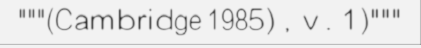
"""(Cambridge 1985) , v . 1)"""